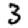
Digit: 3